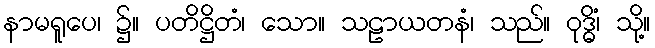
နာမရူပေ၊ ၌။ ပတိဋ္ဌိတံ၊ သော။ သဠာယတနံ၊ သည်။ ဝုဒ္ဓိံ၊ သို့။